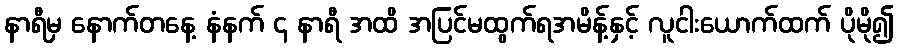
နာရီမှ နောက်တနေ့ နံနက် ၄ နာရီ အထိ အပြင်မထွက်ရအမိန့်နှင့် လူငါးယောက်ထက် ပိုမို၍